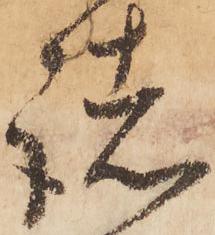
諸